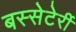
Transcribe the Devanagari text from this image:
बस्सेटेर्री